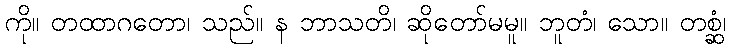
ကို။ တထာဂတော၊ သည်။ န ဘာသတိ၊ ဆိုတော်မမူ။ ဘူတံ၊ သော။ တစ္ဆံ၊